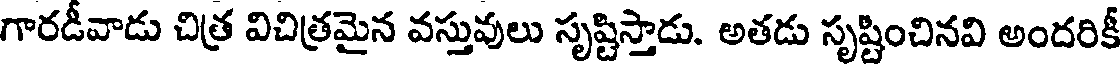
గారడీవాడు చిత్ర విచిత్రమైన వస్తువులు సృష్టిస్తాడు. అతడు సృష్టించినవి అందరికీ